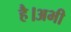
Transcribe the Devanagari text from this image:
है।अभी